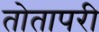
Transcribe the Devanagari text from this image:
तोतापरी